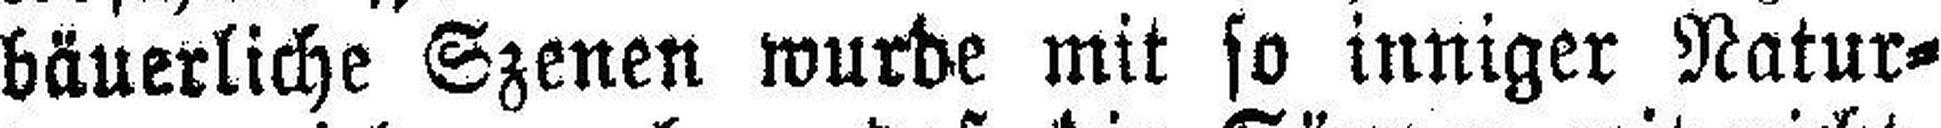
bäuerliche Szenen wurde mit so inniger Natur¬